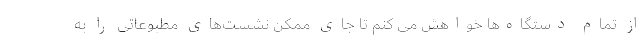
از تمام دستگاه‌ها خواهش می کنم تا جای ممکن نشست‌های مطبوعاتی را به